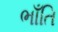
ભાઁતિ